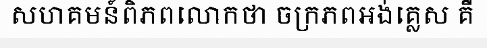
សហគមន៍ពិភពលោកថា ចក្រភពអង់គ្លេស គឺ